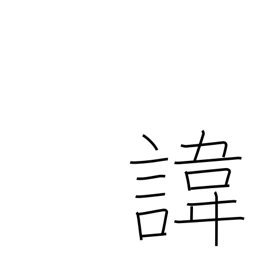
Meaning: posthumous (real) name